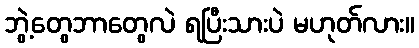
ဘွဲ့တွေဘာတွေလဲ ရပြီးသားပဲ မဟုတ်လား။